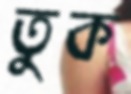
তুক